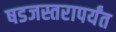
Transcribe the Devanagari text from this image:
षडजस्तरापर्यंत